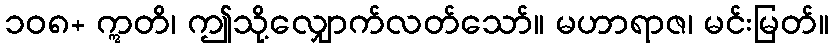
၁၀၈+ ဣတိ၊ ဤသို့လျှောက်လတ်သော်။ မဟာရာဇ၊ မင်းမြတ်။